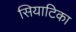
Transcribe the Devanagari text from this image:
सियाटिका